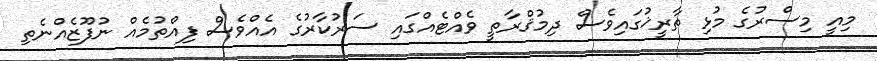
މިއީ މިސްރުގެ މުޅި ތާރީޚުގައިވެސް ދިމުޤްރާތީ ވެއްޓެއްގައި ސަރުކާރުގެ އެއްވެސް ފިއްތުމެއް ނުފޫޒެއްނެތި